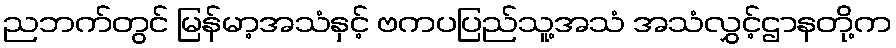
ညဘက်တွင် မြန်မာ့အသံနှင့် ဗကပပြည်သူ့အသံ အသံလွှင့်ဌာနတို့က